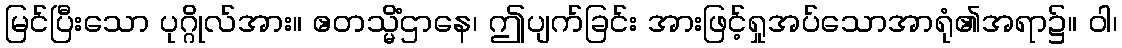
မြင်ပြီးသော ပုဂ္ဂိုလ်အား။ ဧတသ္မိံဌာနေ၊ ဤပျက်ခြင်း အားဖြင့်ရှုအပ်သောအာရုံ၏အရာ၌။ ဝါ၊